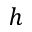
h